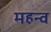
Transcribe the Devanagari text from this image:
महन्व